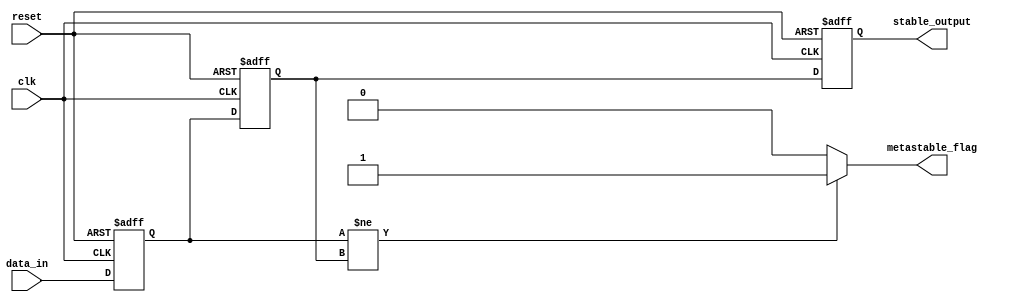
module metastability_detector (
    input wire clk,                 // Clock signal
    input wire reset,               // Asynchronous reset signal
    input wire data_in,             // Asynchronous input signal
    output reg metastable_flag,     // Metastability detection flag
    output reg stable_output         // Synchronized output
);

    // Internal signals to hold the output of the flip-flops
    reg ff1_output;
    reg ff2_output;

    // Flip-flop FF1
    always @(posedge clk or posedge reset) begin
        if (reset) begin
            ff1_output <= 1'b0; // Reset to a known state
        end else begin
            ff1_output <= data_in; // Sample data_in on rising edge of clk
        end
    end

    // Flip-flop FF2
    always @(posedge clk or posedge reset) begin
        if (reset) begin
            ff2_output <= 1'b0; // Reset to a known state
        end else begin
            ff2_output <= ff1_output; // Sample ff1_output on the next rising edge of clk
        end
    end

    // Metastability detection logic
    always @(*) begin
        if (ff1_output != ff2_output) begin
            metastable_flag = 1'b1; // Metastability detected
        end else begin
            metastable_flag = 1'b0; // No metastability
        end
    end

    // Assign stable output
    always @(posedge clk or posedge reset) begin
        if (reset) begin
            stable_output <= 1'b0; // Reset to a known state
        end else begin
            stable_output <= ff2_output; // Provide synchronized output from FF2
        end
    end

endmodule